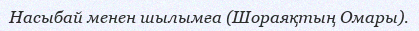
Насыбай менен шылымға (Шораяқтың Омары).